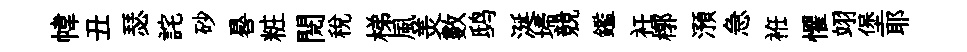
幃丑瑟詫砂晷粧閱稅梯風羙數鸱涎埽競鑑衽槨澦急袵懼翊堡耶